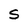
Character: S